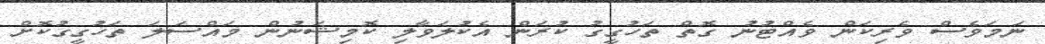
ނަމަވެސް ވެރިކަން ވެއްޓުނު ގޮތް ތަހުގީގު ކުރަން އެކުލަވާލި ކޮމިޝަނުން މައްސަލަ ތަހުގީގުކޮށް